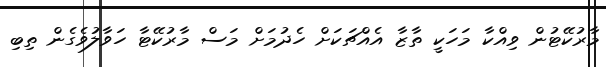
މާރުކޭޓުން ވިއްކާ މަހަކީ ތާޒާ އެއްޗަކަށް ހެދުމަށް މަސް މާރުކޭޓާ ހަވާލުވެގެން ތިބި